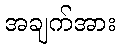
အချက်အား